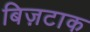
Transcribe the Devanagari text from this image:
बिज़टाक